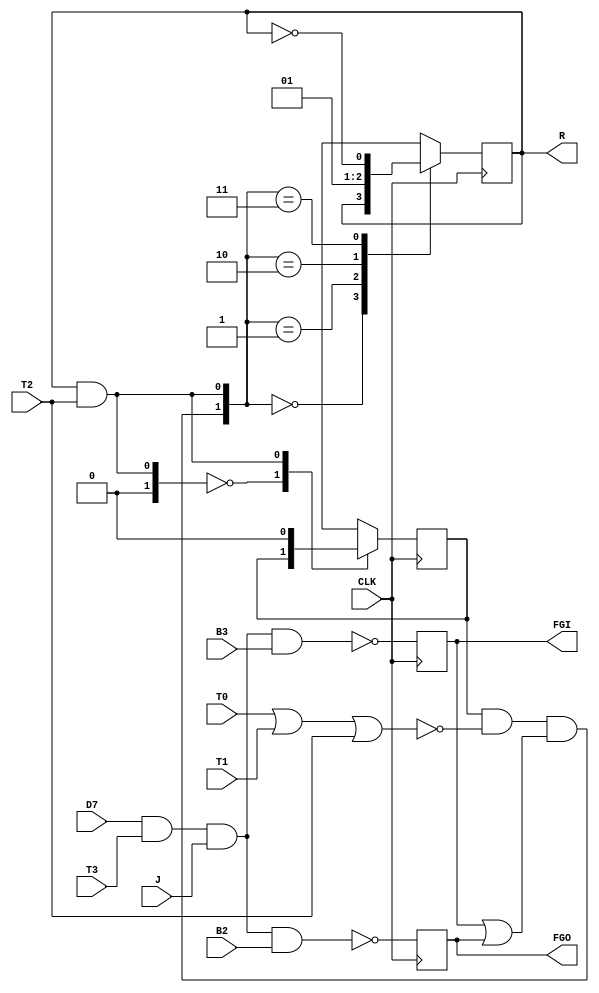
`timescale 1ns / 1ps
//////////////////////////////////////////////////////////////////////////////////
// Company: 
// Engineer: 
// 
// Design Name: 
// Module Name: Interrupt
// Project Name: 
// Target Devices: 
// Tool Versions: 
// Description: 
// 
// Dependencies: 
// 
// Revision:
// Revision 0.01 - File Created
// Additional Comments:
// 
//////////////////////////////////////////////////////////////////////////////////


module Interrupt(
input T0,
input T1,
input T2,
input T3,
input D7,
input B2,
input B3,
input J ,         
input CLK,
output reg  R  , 
output reg FGI ,
output reg FGO
);
reg Q   ; 
wire J2  ;
wire K2  ;
wire J1 ;
wire K1 ;
wire x  ;
wire y  ;
assign x = D7&T3&J&B3 ;
assign y = D7&T3&J&B2 ;
assign J1 = 1'b0 ;
assign K1 = (R&T2) ;
assign J2 = Q&~(T0|T1|T2)&(FGI|FGO) ;
assign K2 = R&T2 ;
initial begin 
end 

always @(posedge CLK )
 
 begin 
    FGI <= ~x ;
    FGO <= ~y ;  
case ({J1, K1})    // Concatenate J and K inputs       
2'b00 : Q <= Q ;       // No change          
2'b01 : Q <= 0 ;
2'b10 : Q <= 1 ;
2'b11 : Q <= ~Q ;
endcase

case ({J2, K2})    // Concatenate J and K inputs       
2'b00 : R <= R ;       // No change          
2'b01 : R <= 0 ;
2'b10 : R <= 1 ;
2'b11 : R <= ~R ;
endcase  

 end

endmodule